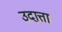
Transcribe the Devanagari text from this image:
उदात्ता